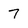
Character: 7